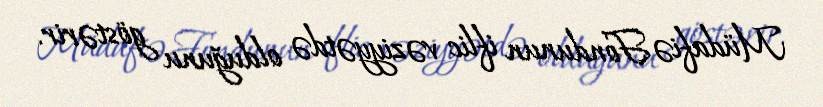
Müdafiə Fondunun iflic vəziyyətdə olduğunu göstərir.